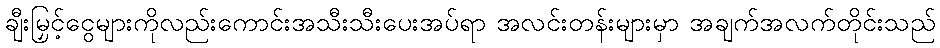
ချီးမြှင့်ငွေများကိုလည်းကောင်းအသီးသီးပေးအပ်ရာ အလင်းတန်းများမှာ အချက်အလက်တိုင်းသည်